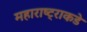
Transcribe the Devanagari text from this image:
महाराष्ट्राकडे